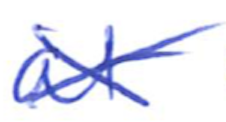
Text: at
Cross-out: cross
Writing tool: ballpoint